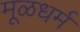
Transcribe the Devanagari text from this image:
मूळधर्म